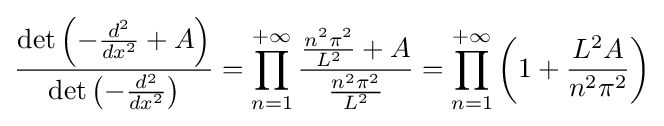
{\frac {\det \left(-{\frac {d^{2}}{dx^{2}}}+A\right)}{\det \left(-{\frac {d^{2}}{dx^{2}}}\right)}}=\prod _{n=1}^{+\infty }{\frac {{\frac {n^{2}\pi ^{2}}{L^{2}}}+A}{\frac {n^{2}\pi ^{2}}{L^{2}}}}=\prod _{n=1}^{+\infty }\left(1+{\frac {L^{2}A}{n^{2}\pi ^{2}}}\right)